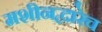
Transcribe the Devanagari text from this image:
मशीनद्वारेच